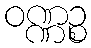
ဝဏ္ဏဉ္စ